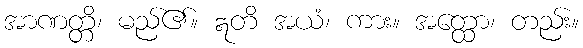
အာဏတ္တိ၊ မည်၏။ ဣတိ အယံ၊ ကား။ အတ္ထော၊ တည်း။